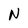
Character: N